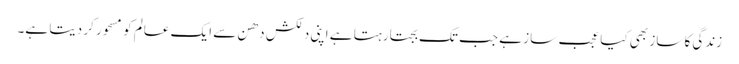
زندگی کا ساز بھی کیا عجب ساز ہے جب تک بجتا رہتا ہے اپنی دلکش دھن سے ایک عالم کو مسحور کر دیتا ہے۔